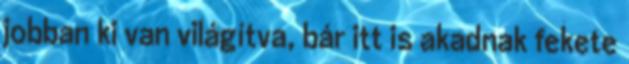
jobban ki van világítva, bár itt is akadnak fekete